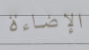
الإضاءة